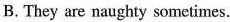
B. They are naughty sometimes.